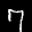
Label: 7